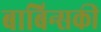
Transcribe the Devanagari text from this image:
बाबिन्सकी